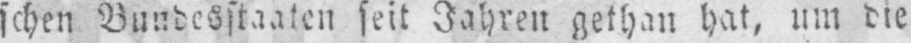
schen Bundesstaaten seit Jahren gethan hat, um die